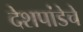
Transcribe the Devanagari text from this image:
देशपांडेचे